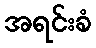
အရင်းခံ